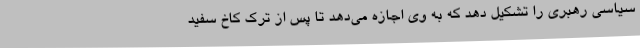
سیاسی رهبری را تشکیل دهد که به وی اجازه می‌دهد تا پس از ترک کاخ سفید